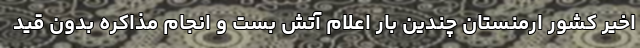
اخیر کشور ارمنستان چندین بار اعلام آتش بست و انجام مذاکره بدون قید